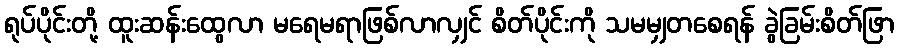
ရုပ်ပိုင်းတို့ ထူးဆန်းထွေလာ မရေမရာဖြစ်လာလျှင် စိတ်ပိုင်းကို သမမျှတစေရန် ခွဲခြမ်းစိတ်ဖြာ